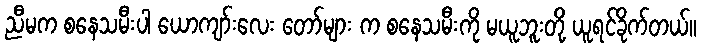
ညီမက စနေသမီးပါ ယောကျာ်းလေး တော်များ က စနေသမီးကို မယူဘူးတို့ ယူရင်ခိုက်တယ်။